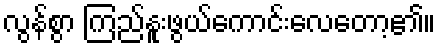
လွန်စွာ ကြည်နူးဖွယ်ကောင်းလေတော့၏။